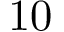
1 0